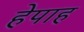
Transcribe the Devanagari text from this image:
हेपाह